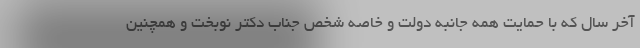
آخر سال که با حمایت همه جانبه دولت و خاصه شخص جناب دکتر نوبخت و همچنین